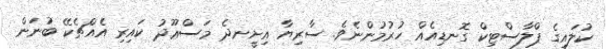
ކުލައިގެ ޕްލާސްޓިކް ގޮނޑިއެއް ހުރުމުންނެވެ. ސާރިޔާ އިށީނދެ މަސްޢޫދު ކައިރި އެއްޗެކޭ ބުނަން